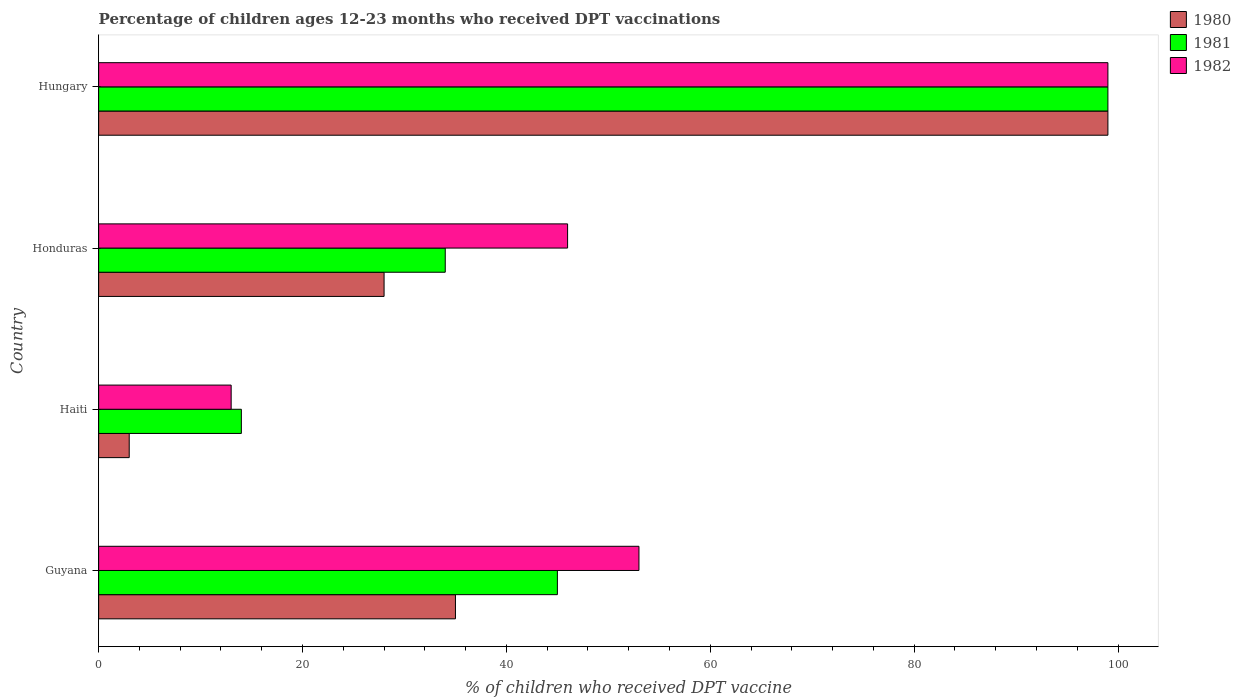
| Country | 1980 | 1981 | 1982 |
 | --- | --- | --- | --- |
 | Guyana | 35 | 45 | 53 |
 | Haiti | 3 | 14 | 13 |
 | Honduras | 28 | 34 | 46 |
 | Hungary | 99 | 99 | 99 |